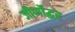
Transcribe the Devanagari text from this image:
जीर्णोद्धर